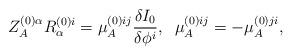
LaTeX: \begin{align*}Z^{(0) \alpha}_A R^{(0)i}_\alpha = \mu^{(0)ij}_A\frac{\delta I_0}{\delta \phi^i}, \; \; \mu^{(0)ij}_A =- \mu^{(0)ji}_A,\end{align*}